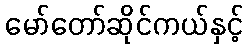
မော်တော်ဆိုင်ကယ်နှင့်